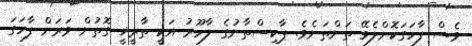
ވެސް ފާހަގަކޮށްލެވޭ ތަންތަނެވެ. ޕާކިސްތާނުގެ ލާހޫރު އަކީ ތާރީޚީ ގޮތުން ވަރަށް ފާހަގަ